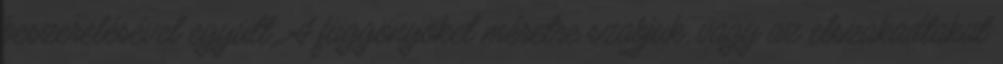
beszerelésével együtt. A függönyöket méretre szabjuk, vagy az elszakadtakat